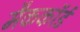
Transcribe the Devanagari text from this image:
मैककॉर्ड